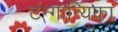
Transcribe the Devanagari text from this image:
टंन्गान्यिका